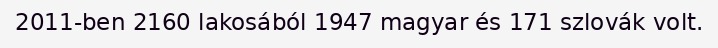
2011-ben 2160 lakosából 1947 magyar és 171 szlovák volt.